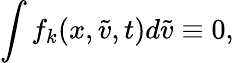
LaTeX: \int f_{k}(x,\tilde{v},t)d\tilde{v}\equiv 0,